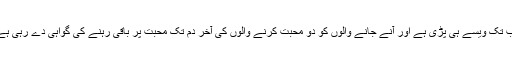
اب تک ویسے ہی پڑی ہے اور آنے جانے والوں کو دو محبت کرنے والوں کی آخر دم تک محبت پر باقی رہنے کی گواہی دے رہی ہے۔